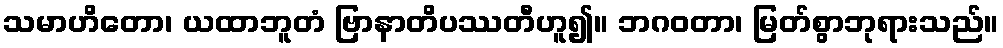
သမာဟိတော၊ ယထာဘူတံ ဗြာနာတိပဿတီဟူ၍။ ဘဂဝတာ၊ မြတ်စွာဘုရားသည်။